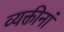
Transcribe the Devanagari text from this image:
व्यक्तीनां